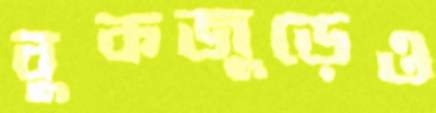
বুকজুড়েও